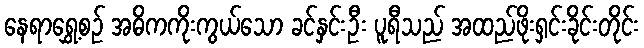
နေရာရွှေ့စဉ် အဓိကကိုးကွယ်သော ခင်နှင်းဦး ပူရီသည် အထည်ဖိုးရှင်းခိုင်းတိုင်း